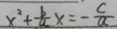
x ^ { 2 } + \frac { b } { a } x = - \frac { c } { a }